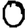
Digit: 0